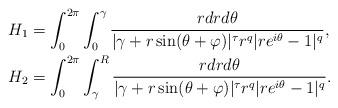
LaTeX: \begin{align*}H_1 & =\int_0^{2\pi}\int_0^{\gamma}\frac{r dr d\theta}{|\gamma+r\sin(\theta+\varphi)|^\tau r^q|re^{i\theta}-1|^q},\\H_2 & =\int_0^{2\pi}\int_\gamma^R\frac{r dr d\theta}{|\gamma+r\sin(\theta+\varphi)|^\tau r^q|re^{i\theta}-1|^q}.\end{align*}